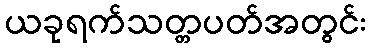
ယခုရက်သတ္တပတ်အတွင်း